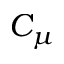
C _ { \mu }